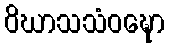
ဝိဃာသသံဝဍ္ဎော